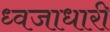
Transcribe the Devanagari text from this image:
ध्‍वजाधारी